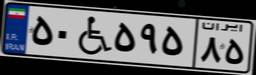
۱۶W۰۲۱۹۹